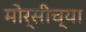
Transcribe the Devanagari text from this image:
मोर्सीच्या